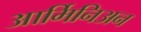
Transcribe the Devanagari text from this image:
आर्मिनिअन